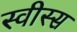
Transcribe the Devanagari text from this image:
स्वीस्स